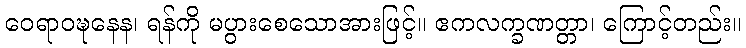
ဝေရာဝဍ္ဎနေန၊ ရန်ကို မပွားစေသောအားဖြင့်။ ဧကလက္ခဏတ္တာ၊ ကြောင့်တည်း။